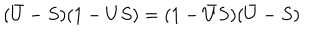
LaTeX: ( \bar { U } - S ) ( 1 - U S ) = ( 1 - \bar { U } S ) ( \bar { U } - S )